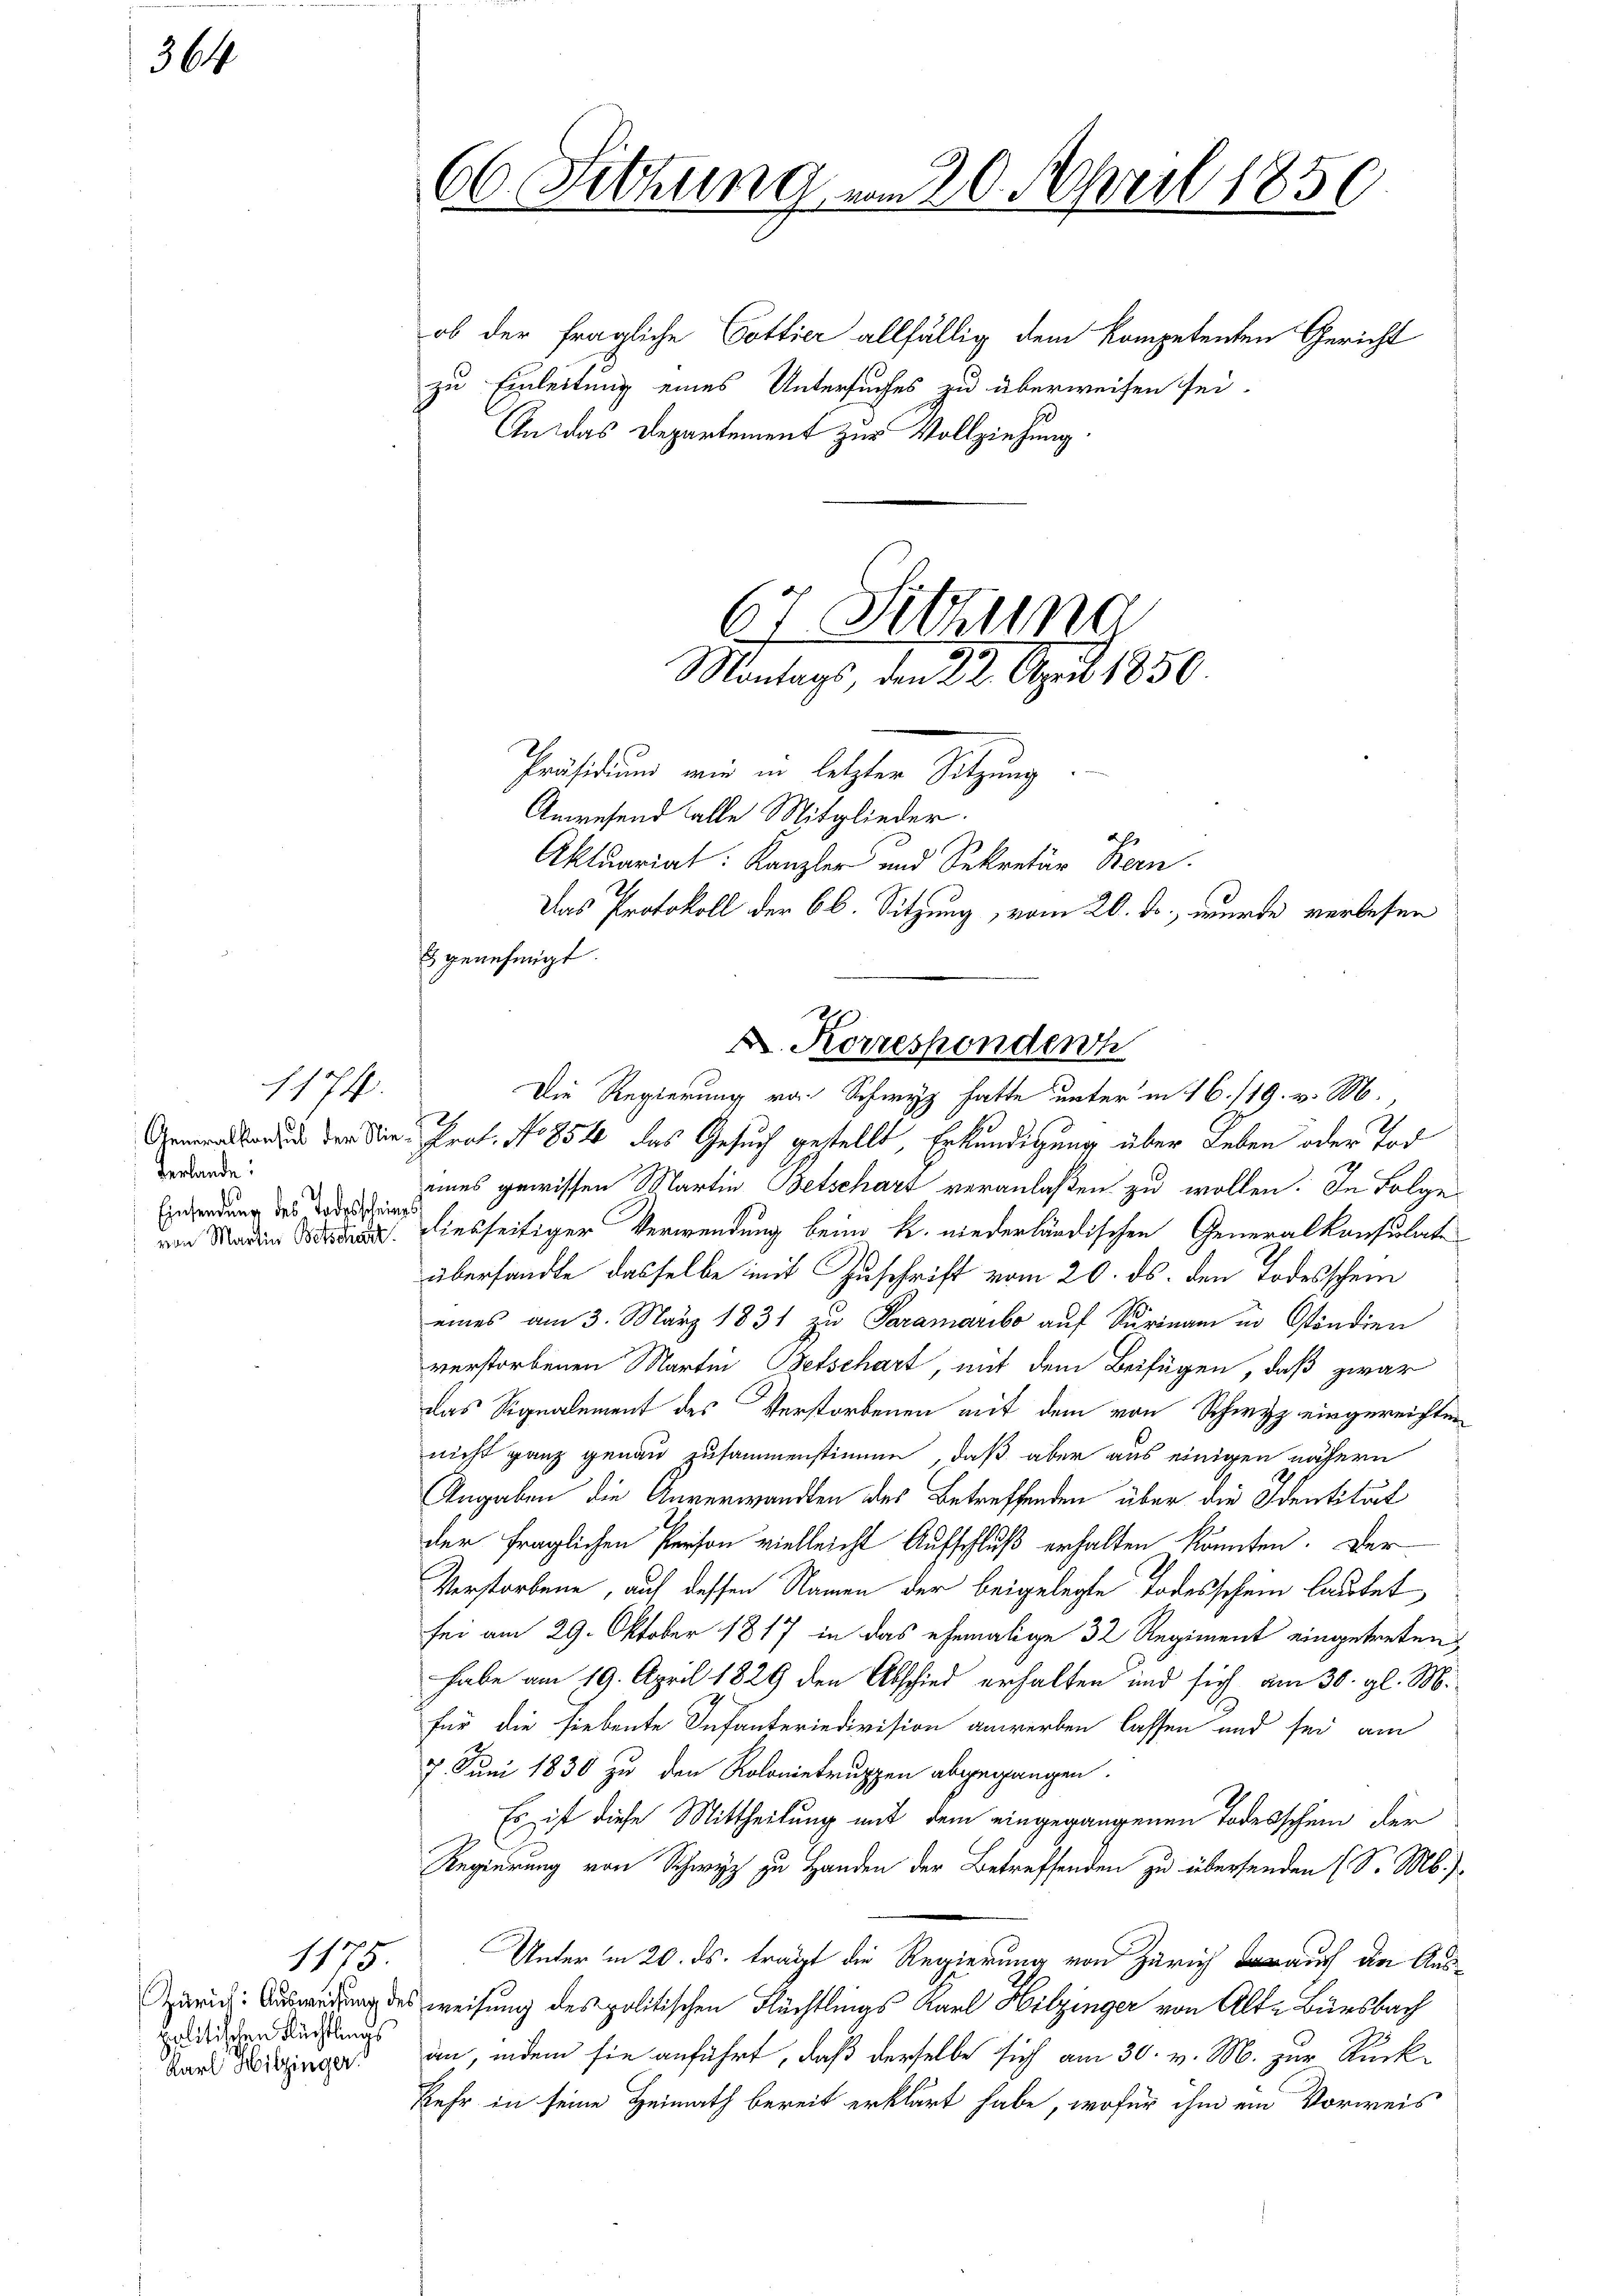
364.

Generalkonsul der Nie¬
Verlande:
Einsendung des Todesschring
von Martin Betschaft.

1174.

1175
Zürich: Ausweisung des
politischen Flüchtlings
Karl Hitzinger.

ob der fragliche Gottier allfällig dem kompetenten Gericht
zu Einleitung eines Untersuches zu überweisen sei.
An das Departement zur Vollziehung.

66. Sitzung vom 20. April 1850.

Präsidium wir in letzter Sitzung.
Anwesend alle Mitglieder.
B genehmigt.

Prof. No 854 das Gesuch gestellt, Erkundigung über Leben oder Tod
eines gewissen Martin Betschart veranlaßen zu wollen. In Folge
diesseitiger Verwendung beim k. niederländischen Generalkonsulate
übersandte dasselbe mit Zuschrift vom 20. ds. den Todesschein
eines am 3. März 1831 zu Paramaribo auf Surinam in Ständien
verstorbenen Martin Betschart, mit dem Beifügen, daß zwar
das Signalement des Verstorbenen mit dem von Schwyz eingereichten
nicht ganz genau zusammenstimme, daß aber aus einigen nähern
Angaben die Anverwandten des Betreffenden über die Identität
der fraglichen Person vielleicht Aufschluß erhalten könnten. Der
Verstorbene, auf dessen Namen der beigelegte Todesschein lautet
sei am 29. Oktober 1817 in das ehemalige 32 Regiment eingetreten,
habe am 19. April 1829 den Abschied erhalten und sich am 30. gl. M.
für die siebente Infanteriedivision anwerben lassen und sei am
7. Juni 1830 zu den Kolonistruppen abgegangen.
Es ist diese Mittheilung mit dem eingegangenen Todesschein der
Regierung von Schwyz zu Handen der Betreffenden zu übersenden (S. M.
Unter in 20. ds. trägt die Regierung von Zürich auf die Ausweisung des politischen Flüchtlings Karl Hitzinger von Alt-Bürsbach
an, indem sie anführt, daß derselbe sich am 30. v. M. zur Rückkehr in seine Heimath bereit erklärt habe, wofür ihm ein Vorweis

67 Sitzung
Montags, den 22. April 1850.
2
Aktuariat: Kanzler und Sekretär Bern.
Das Protokoll der 66. Sitzung vom 20. ds., wurde verlesen

X. Korrespondenh
Die Regierung von Schwyz hatte unter in 16./19. v. M.